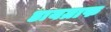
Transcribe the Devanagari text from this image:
डायग्राफ